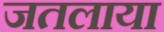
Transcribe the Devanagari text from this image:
जतलाया